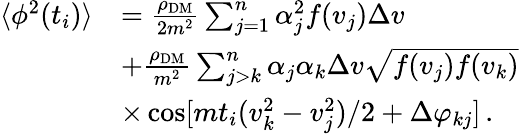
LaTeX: \begin{array}{rl}{\langle\phi^{2}(t_{i})\rangle}&{=\frac{\rho_{\mathrm{DM}}}{2m^{2}}\sum_{j=1}^{n}\alpha_{j}^{2}f(v_{j})\Delta v}\\ &{+\frac{\rho_{\mathrm{DM}}}{m^{2}}\sum_{j>k}^{n}\alpha_{j}\alpha_{k}\Delta v\sqrt{f(v_{j})f(v_{k})}}\\ &{\times\cos[mt_{i}(v_{k}^{2}-v_{j}^{2})/2+\Delta\varphi_{kj}]\, .}\end{array}